Indian Civil Veterinary Department memoirs
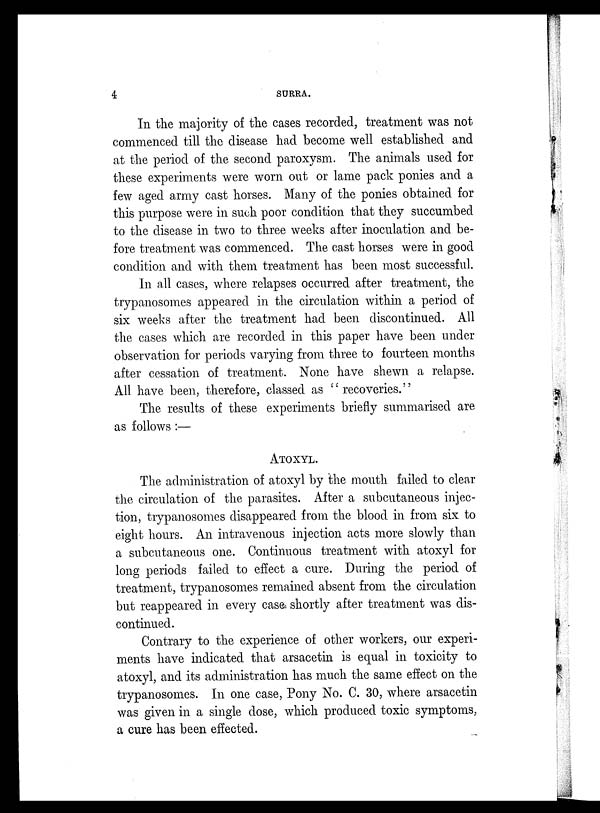
4
SURRA.
In the majority of the cases recorded, treatment was not
commenced till the disease had become well established and
at the period of the second paroxysm. The animals used for
these experiments were worn out or lame pack ponies and a
few aged army cast horses. Many of the ponies obtained for
this purpose were in such poor condition that they succumbed
to the disease in two to three weeks after inoculation and be-
fore treatment was commenced. The cast horses were in good
condition and with them treatment has been most successful.
In all cases, where relapses occurred after treatment, the
trypanosomes appeared in the circulation within a period of
six weeks after the treatment had been discontinued. All
the cases which are recorded in this paper have been under
observation for periods varying from three to fourteen months
after cessation of treatment. None have shewn a relapse.
All have been, therefore, classed as "recoveries.''
The results of these experiments briefly summarised are
as follows:—
ATOXYL.
The administration of atoxyl by the mouth failed to clear
the circulation of the parasites. After a subcutaneous injec-
tion, trypanosomes disappeared from the blood in from six to
eight hours. An intravenous injection acts more slowly than
a subcutaneous one. Continuous treatment with atoxyl for
long periods failed to effect a cure. During the period of
treatment, trypanosomes remained absent from the circulation
but reappeared in every case shortly after treatment was dis-
continued.
Contrary to the experience of other workers, our experi-
ments have indicated that arsacetin is equal in toxicity to
atoxyl, and its administration has much the same effect on the
trypanosomes. In one case, Pony No. C. 30, where arsacetin
was given in a single dose, which produced toxic symptoms,
a cure has been effected.